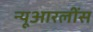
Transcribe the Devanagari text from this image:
न्यूआरलींस